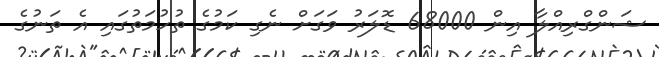
ޝަންގްރިއްލާ އިން 68000 ޑޮލަރު ވަގަށް ނެގި ކަމުގެ ތުހުމަތުގައި އެ ތަނުގެ